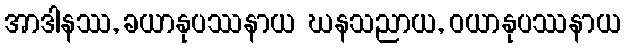
အာဒါနဿ, ခယာနုပဿနာယ ဃနသညာယ, ဝယာနုပဿနာယ